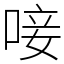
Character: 唼